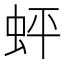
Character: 蚲